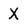
Character: X